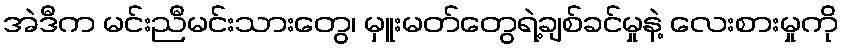
အဲဒီက မင်းညီမင်းသားတွေ၊ မှူးမတ်တွေရဲ့ချစ်ခင်မှုနဲ့ လေးစားမှုကို